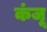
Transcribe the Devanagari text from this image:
कंजू